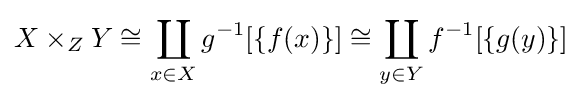
X\times _{Z}Y\cong \coprod _{x\in X}g^{-1}[\{f(x)\}]\cong \coprod _{y\in Y}f^{-1}[\{g(y)\}]